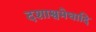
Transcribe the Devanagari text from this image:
दशाश्वमेघादि